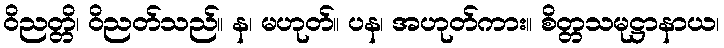
ဝိညတ္တိ၊ ဝိညတ်သည်။ န၊ မဟုတ်။ ပန၊ အဟုတ်ကား။ စိတ္တသမုဋ္ဌာနာယ၊